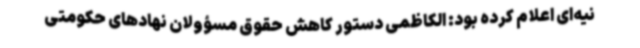
نیه‌ای اعلام کرده بود: الکاظمی دستور کاهش حقوق مسؤولان نهادهای حکومتی